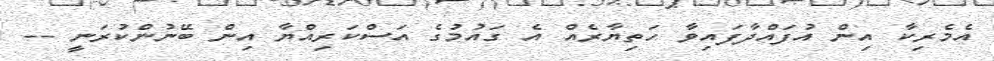
އެމެރިކާ އިން އުފައްދާފައިވާ ހަތިޔާރެއް އެ ގައުމުގެ އަސްކަރިއްޔާ އިން ބޭނުންކުރަނީ --